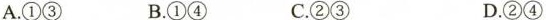
A.①③ B.①④ C.②③ D.②④